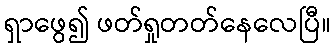
ရှာဖွေ၍ ဖတ်ရှုတတ်နေလေပြီ။